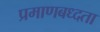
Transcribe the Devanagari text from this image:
प्रमाणबध्दता